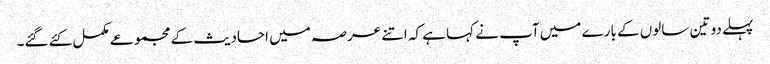
پہلے دو تین سالوں کے بارے میں آپ نے کہا ہے کہ اتنے عرصہ میں احادیث کے مجموعے مکمل کئے گئے۔